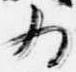
為